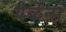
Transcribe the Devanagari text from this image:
वेळेंना